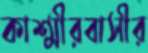
কাশ্মীরবাসীর